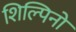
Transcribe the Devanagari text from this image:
शिल्पिनो